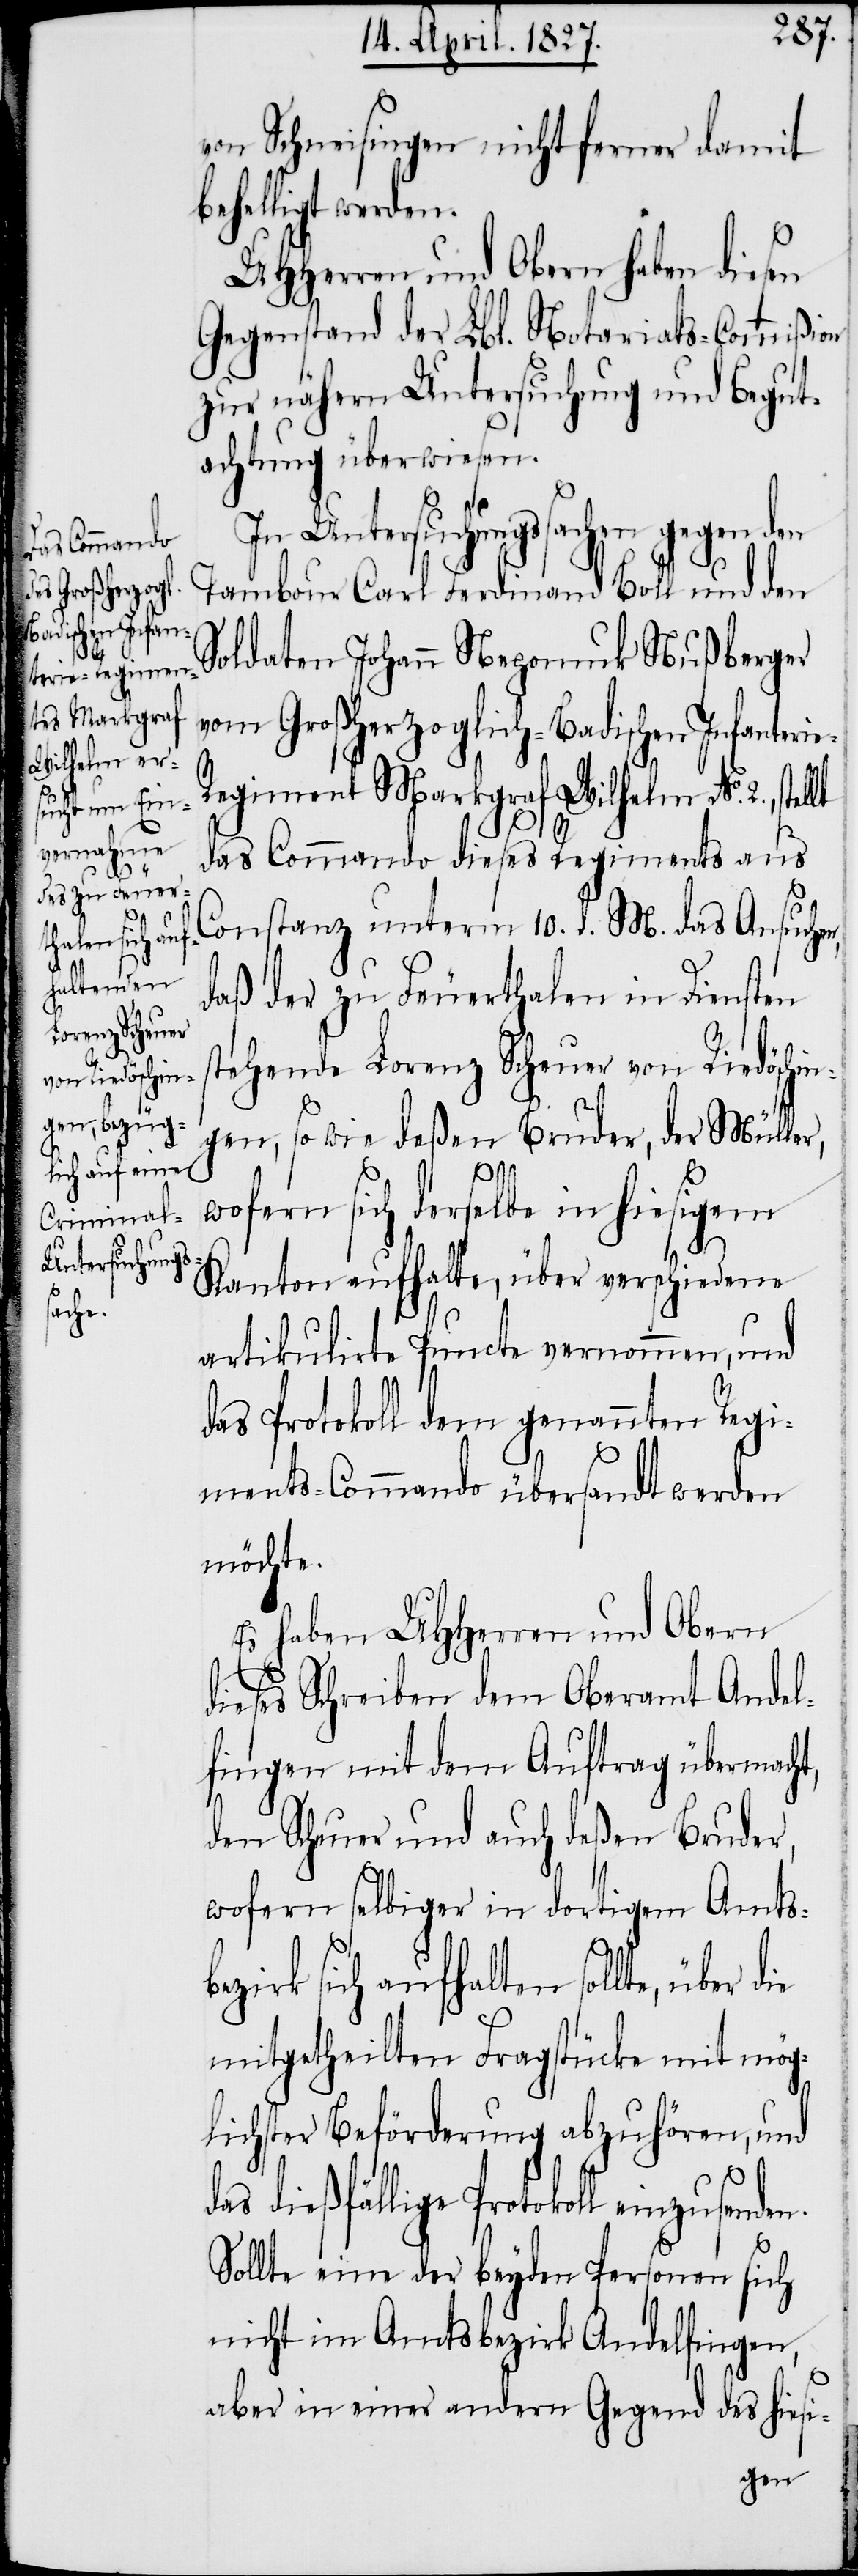
von Schneisingen nicht ferner damit
behelligt werden.
UHHerren und Obern haben diesen
Gegenstand der Lbl. Notariats-Commißion
zur nähern Untersuchung und Begut¬
achtung überwiesen.
In Untersuchungssachen gegen den
Tambour Carl Ferdinand Boll und den
Soldaten Johann Nepomuk Nußberger
vom Großherzoglich-Badischen Infanteri¬
zusenden.
egiment Markgraf Wilhelm No. 2.,
das Commando dieses Regiments aus
Constanz unterm 10. d. M. das Ansuchen,
daß der zu Feuerthalen in Diensten
stehende Lorenz Scheuer von Riedöschin¬
gen, so wie deßen Bruder, der Müller,
wofern sich derselbe in hiesigem
Kanton aufhalte, über verschiedene
artikulirte Puncte vernommen, und
das Protokoll dem genannten Regi¬
ments-Commando übersandt werden
möchte.
Es haben UHHerren und Obern
dieses Schreiben dem Oberamt Andel¬
fingen mit dem Auftrag übermacht,
den Scheuer und auch deßen Bruder,
wofern selbiger in dortigem Amtsb¬
ezirk sich aufhalten sollte, über
mitgetheilten Fragstücke mit mög¬
lichster Beförderung abzuhören, und
dießfällige Protokoll ein¬
Sollte eine der beyden Personen sich
nicht im Amtsbezirk Andelfingen,
aber in einer andern Gegend des hiesi-